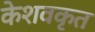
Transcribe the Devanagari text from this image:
केशवकृत